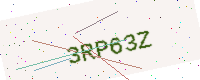
Text: 3RP63Z